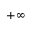
+ \infty